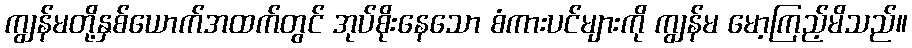
ကျွန်မတို့နှစ်ယောက်အထက်တွင် အုပ်စိုးနေသော စံကားပင်များကို ကျွန်မ မော့ကြည့်မိသည်။